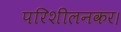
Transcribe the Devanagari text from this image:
परिशीलनकर।